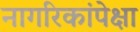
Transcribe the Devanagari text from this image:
नागरिकांपेक्षा